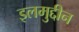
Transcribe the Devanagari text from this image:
इलमुद्दीन